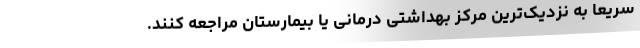
سریعاً به نزدیک‌ترین مرکز بهداشتی درمانی یا بیمارستان مراجعه کنند.